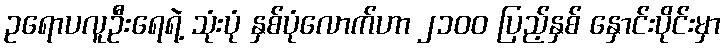
ဥရောပလူဦးရေရဲ့ သုံးပုံ နှစ်ပုံလောက်ဟာ ၂၁၀ဝ ပြည့်နှစ် နှောင်းပိုင်းမှာ